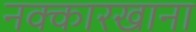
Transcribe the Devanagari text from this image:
नक्कारखाना